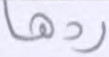
ردها